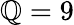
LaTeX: \mathbb{Q}=9